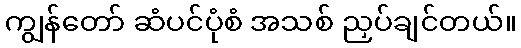
ကျွန်တော် ဆံပင်ပုံစံ အသစ် ညှပ်ချင်တယ်။